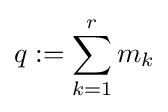
q:=\sum _{k=1}^{r}{m_{k}}